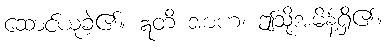
ဆောင်ယူခဲ့၏။ ဣတိ အာဟ၊ ဤသို့အမိန့်ရှိ၏။